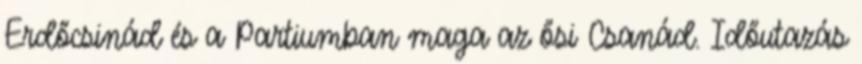
Erdőcsinád és a Partiumban maga az ősi Csanád. Időutazás